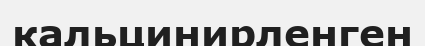
кальцинирленген